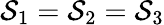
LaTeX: \mathcal{S}_{1}=\mathcal{S}_{2}=\mathcal{S}_{3}